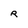
Character: R